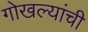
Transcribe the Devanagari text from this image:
गोखल्यांची